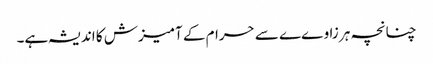
چنانچہ ہر زاوےے سے حرام کے آمیزش کا اندیشہ ہے۔